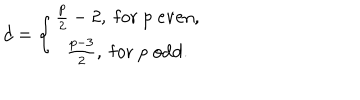
d = \left\{ \begin{array} { c } { { \frac p 2 - 2 , \; \mathrm { f o r } \; p \; \mathrm { e v e n } , } } \\ { { \frac { p - 3 } 2 , \; \mathrm { f o r } \; p \; \mathrm { o d d } . } } \\ \end{array} \right.